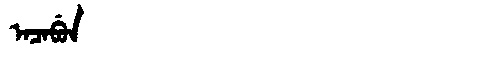
Manchu: ᠠᠴᠠᠪᡠᠨ
Romanization: ACABUN